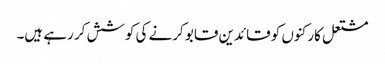
مشتعل کارکنوں کو قائدین قابو کرنے کی کوشش کر رہے ہیں۔